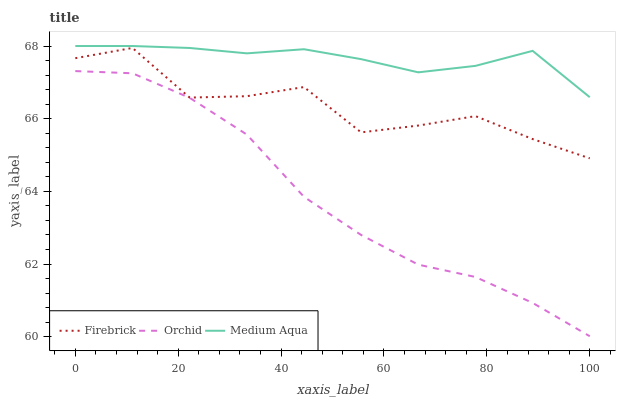
| xaxis_label | Firebrick | Orchid | Medium Aqua |
 | --- | --- | --- | --- |
 | 0 | 67.7 | 67.3 | 68 |
 | 11.1 | 67.9 | 67.2 | 68 |
 | 22.2 | 66.6 | 66.6 | 67.9 |
 | 33.3 | 66.6 | 65.6 | 67.8 |
 | 44.4 | 66.9 | 63.8 | 67.9 |
 | 55.6 | 65.6 | 62.8 | 67.6 |
 | 66.7 | 65.8 | 62 | 67.3 |
 | 77.8 | 66.1 | 61.6 | 67.5 |
 | 88.9 | 65.4 | 60.9 | 67.9 |
 | 100 | 64.9 | 60 | 66.6 |